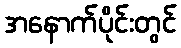
အနောက်ပိုင်းတွင်